Medical and sanitary report of the native army of Bengal for the year
Year: 1878
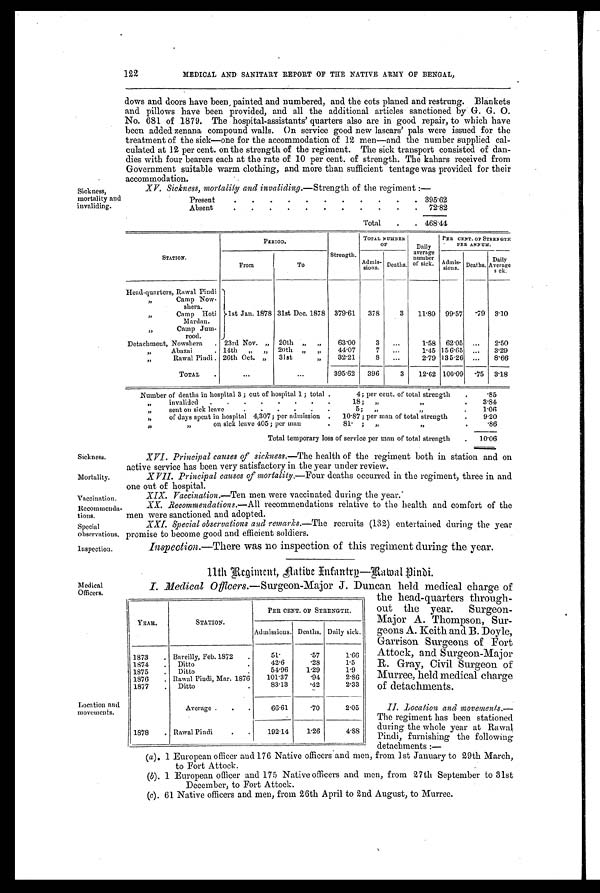
Sickness.
Mortality
Vaccination.
122
MEDICAL AND SANITARY REPORT OF THE NATIVE ARMY OF BENGAL,
doors and doors have been, painted and numbered, and the cots planed and restrung. Blankets
and pillows have been provided, and all the additional articles sanctioned by G. G. 0.
No. 681 of 1879. The hospital-assistants' quarters also are in good repair, to which have
been added zenana compound walls. On service good new lascars' pals were issued for the
treatment of the sick-one for the accommodation of 12 men—and the number supplied cal-
culated at 12 per cent. on the strength of the regiment. The sick transport consisted of dan-
dies with four bearers each at the rate of 10 per cent. of strength. The kahars received from
Government suitable warm clothing, and more than sufficient tentage was provided for their
accommodation.
Sickness,
mortality and
invaliding.
XV. Sickness, mortality and invaliding.—Strength of the regiment :—
Present
.
.
.
.
.
.
.
.
.
. 395.62
Absent
.
.
.
.
.
.
.
.
.
. 72.82
Total
.
. 468.44
STATION.
PERIOD.
Strength.
TOTAL NUMBER
O F
Daily
average
number
of sick.
PER CENT. OF STRENGTH
PER ANNUM.
From
To
Admis-
sions. Deaths.
Admis-
sions. Deaths
Daily
Average
sick.
Head-quarters, Rawal Pindi
1st Jan. 1878 31st Dec. 1878 379.61 378
3
11.80 99.57
. 7 9 3.10
, , C a m p N o w -
shera.
,,
Camp Hoti
Mardan.
,,
Camp Jum-
rood.
Detachment, Nowshera . 23rd Nov. „ 20th ,, ,,
63.00
3
...
1.58 62.05 ...
2.50
,,,
Abazai
. 14th
20th ,, ,,
44.07
7 ...
1.45 156.65 ...
3.29
,,
Rawal Pindi. 26th Oct. „ 31st
,,
32.21
8
...
2.79 135.26 ...
8.66
TOTAL
.
. . .
...
395.62 396
3
12.62 100.09
. 7 5 3.18
Number of deaths in hospital 3 ; out of hospital 1 ; total.
4; per cent. of total strength
.
.85
..
invalided .
.
.
. . . . .
18; ,,
,,
.
3.84
,,
sent on sick leave
.
.
.
. . .
5; ,,
.
1.06
,,
of days spent in hospital 4,307; per admission . 10.87; per man of total strength
.
9.20
,,
, ,
o n s i c k l e a v e 4 0 5 ; p e r m a n
. 81. ; „
,,
.
.86
Total temporary loss of service per man of total strength
. 10.06
XVI. Principal causes of sickness. —The health of the regiment both in station and on
active service has been very satisfactory in the year under review.
XVII. Principal causes of mortality.
—Four deaths occurred in the regiment, three in and
one out of hospital.
XIX. —Vacci nat i on. — T e n m e n w e r e v a c c i n a t e d d u r i n g t h e y e a r . '
Recommenda
-tions.
Special
observations.
Inspection.
Medical
Officers.
Location and
movements.
XX. Recommendations.—All recommendations relative to the health and comfort of the
men were sanctioned and adopted.
XXI. Special observations and remarks. —The recruits (132) entertained during the year
promise to become good and efficient soldiers.
Inspection.— There was no inspection of this regiment during the year.
11th Regiment, Natibe Infantry-Bamal Pindi.
I. Medical Officers.— Surgeon-Major J. Duncan held medical charge of
the head-quarters through-
out the year. Surgeon-
Major A. Thompson, Sur-
geons A. Keith and B. Doyle,
Garrison Surgeons of Fort
Attock, and Surgeon-Major
R. Gray, Civil Surgeon of
Murree, held medical charge
of detachments.
II. Location and movements.
— T h e r e g i m e n t h a s b e e n s t a t i o n e d
during the whole year at Rawal
Pindi, furnishing the following
detachments:—
(a). 1 European officer and 176 Native officers and men, from 1st January to 29th March,
to Fort Attock.
( b). 1 European officer and 175 Native officers and men, from 27th September to 31st
December, to Fort Attock.
(c ). 61 Native officers and men, from 26th April to 2nd August, to Murree.
YEAR.
STATION.
PER CENT. OF STRENGTH.
Admissions. Deaths. Daily sick.
1873
. Bareilly, Feb. 1872
.
51.
.57
1.66
1874
. Ditto.
42.6
.28
1.5
1875
Ditto
54.96
1.29
1.9
1876
. Rawal Pindi, Mar. 1876
101.37
.94
2.86
1877
. Ditto.
83.13
.42
2.33
Average .
.
.
66.61
.70
2.05
1878
. Rawal Pindi
.
.
192.14
1.26
4.88